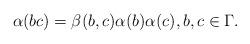
LaTeX: \begin{align*} \alpha(bc)=\beta(b,c)\alpha(b)\alpha(c), b,c \in \Gamma. \end{align*}